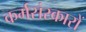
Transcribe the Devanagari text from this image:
कर्मसंस्कारों